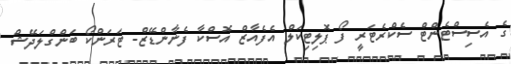
ގެ އެސިސްޓެންޓް ސެކްރެޓަރީ ފޯ ޕޮލިޓިކަލް އެފެއާޒް އޮސްކާ ފެނާންޑޭޒް- ޓަރަންކޯ ބަންގްލަދޭޝް